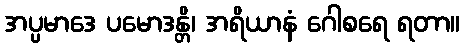
အပ္ပမာဒေ ပမောဒန္တိ၊ အရိယာနံ ဂေါစရေ ရတာ။